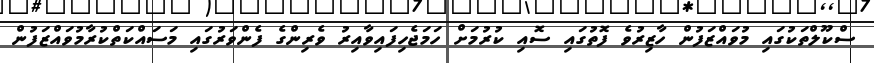
ސްކޫލްތަކުގައި މުވައްޒަފުން ހާޒިރުވެ ފޮތުގައި ސޮއި ކުރުމަށް ހަމަޖެހިފައިވާއިރު ވެރިންގެ ފެންވަރުގައި މަސައްކަތްކުރާމުވައްޒަފުން